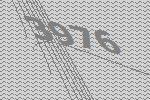
3976